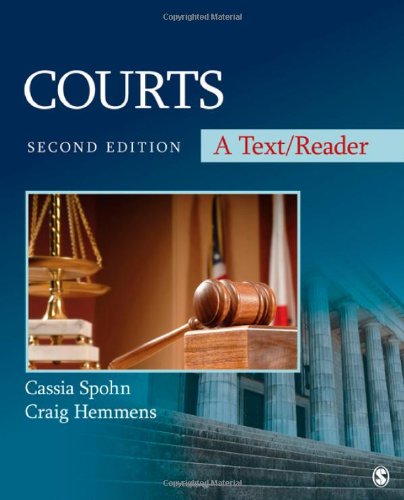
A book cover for Courts: A Text/Reader (SAGE Text/Reader Series in Criminology and Criminal Justice); Cassia C. Spohn; Law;